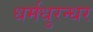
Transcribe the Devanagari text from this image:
धर्मधुरन्धर